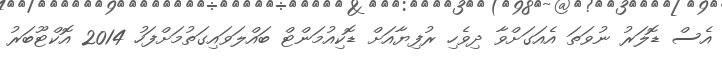
އެސް ޑޮލަރު ނުވަތަ އެއަގަށްވާ ދިވެހި ރުފިޔާއަށް ޑޮކިއުމަންޓް ބައްލަވައިގަތުމަށްފަހު 2014 އޮކްޓޫބަރު